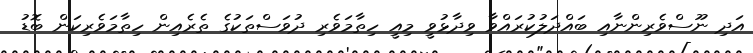
އަދި ނޫސްވެރިންނާއި ބައްދަލުކުރައްވާ ވިދާޅުވީ މިއީ ހިތާމަވެރި ދުވަސްތަކުގެ ތެރެއިން ހިތާމަވެރިކަން ބޮޑު